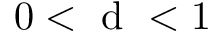
0 < \mathrm { ~ d ~ } < 1